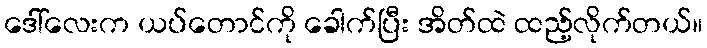
ဒေါ်လေးက ယပ်တောင်ကို ခေါက်ပြီး အိတ်ထဲ ထည့်လိုက်တယ်။